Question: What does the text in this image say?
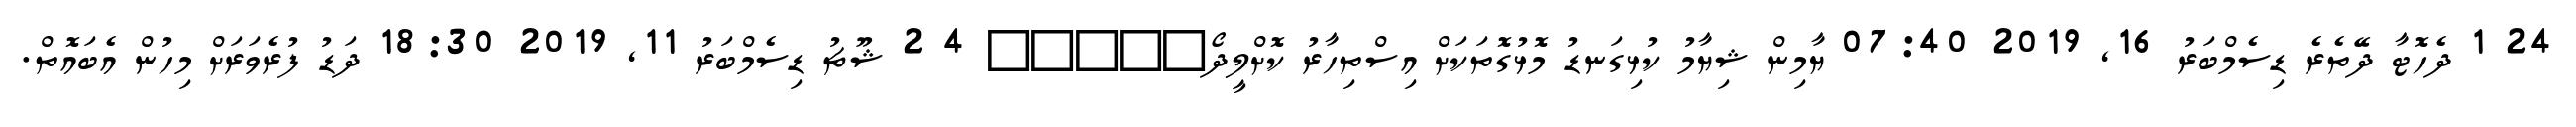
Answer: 24 1 ދެހޮޓާ ދޭތެރެ ޑިސެމްބަރު 16, 2019 07:40 ޔާމިން ޝިޔާމު ކުޅިގަނޑު މޮޅުގޮތަކަށް އިސްތިހާރު ކޮށްލީދޯ????? 4 2 ޝޫޗު ޑިސެމްބަރު 11, 2019 18:30 ދަޑު ފުރެވަރަށް މިހުން އެބައޮތް.